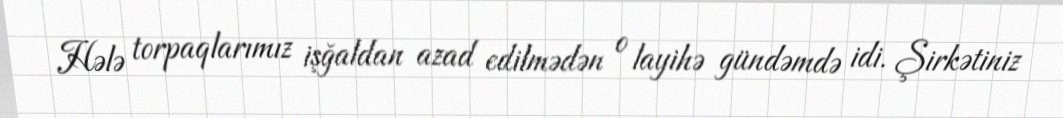
Hələ torpaqlarımız işğaldan azad edilmədən o layihə gündəmdə idi. Şirkətiniz